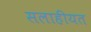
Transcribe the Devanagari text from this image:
सलाहीयत